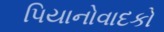
પિયાનોવાદકો